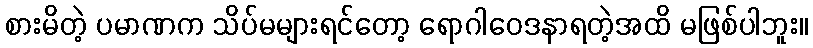
စားမိတဲ့ ပမာဏက သိပ်မများရင်တော့ ရောဂါဝေဒနာရတဲ့အထိ မဖြစ်ပါဘူး။